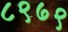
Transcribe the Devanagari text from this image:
८९७९